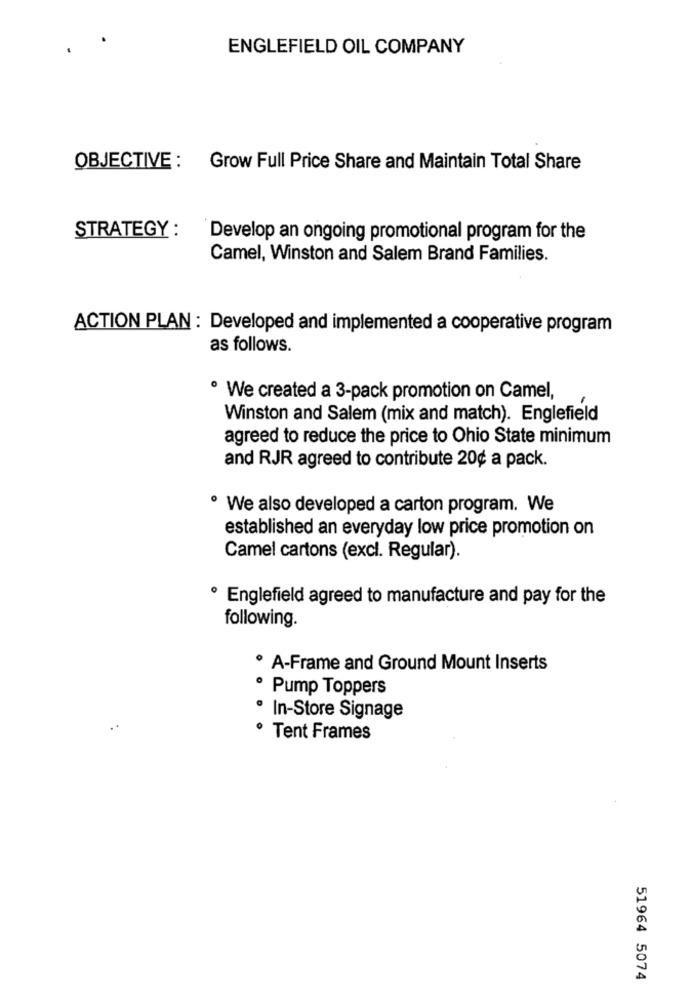
ENGLEFIELD OIL COMPANY
OBJECTIVE : Grow Full Price Share and Maintain Total Share
STRATEGY :
Develop an ongoing promotional program for the
Camel, Winston and Salem Brand Families.
ACTION PLAN : Developed and implemented a cooperative program
as follows.
· We created a 3-pack promotion on Camel,
Winston and Salem (mix and match). Englefield
agreed to reduce the price to Ohio State minimum
and RJR agreed to contribute 20¢ a pack.
· We also developed a carton program. We
established an everyday low price promotion on
Camel cartons (excl. Regular).
Englefield agreed to manufacture and pay for the
following.
· A-Frame and Ground Mount Inserts
· Pump Toppers
· In-Store Signage
Tent Frames
51964 5074